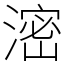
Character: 滵